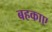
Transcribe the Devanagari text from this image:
बहकाए